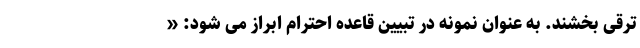
ترقی بخشند. به عنوان نمونه در تبیین قاعده احترام ابراز می شود: «